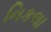
નિકલા